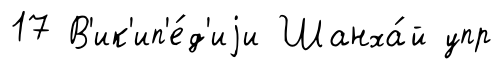
17 В'ик'ип'е́д'иjи Шанха́й упр